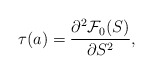
\begin{align*}\tau(a)={\partial^2 {\cal F}_0(S)\over \partial S^2},\end{align*}